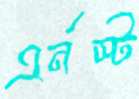
এর্নস্ট